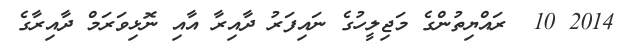
2014 10  ރައްޔިތުންގެ މަޖިލީހުގެ ނައިފަރު ދާއިރާ އާއި ނޮޅިވަރަމް ދާއިރާގެ